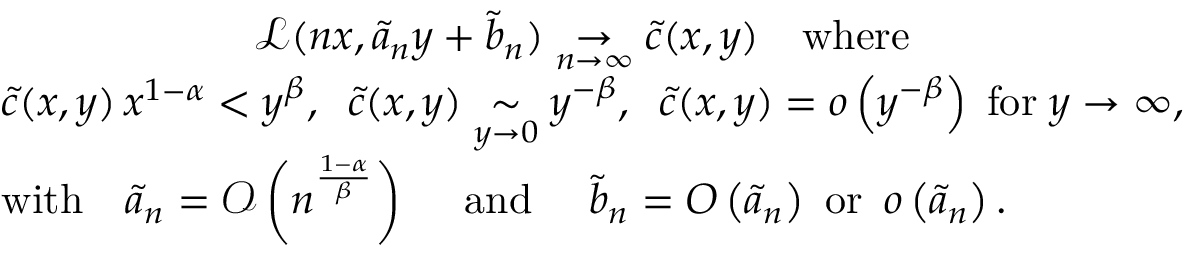
\begin{array} { r l } & { \qquad \qquad \qquad \mathcal { L } ( n x , \tilde { a } _ { n } y + \tilde { b } _ { n } ) \underset { n \to \infty } { \to } \tilde { c } ( x , y ) \quad \mathrm { w h e r e } } \\ & { \tilde { c } ( x , y ) \, x ^ { 1 - \alpha } < y ^ { \beta } , \; \; \tilde { c } ( x , y ) \underset { y \to 0 } { \sim } y ^ { - \beta } , \; \; \tilde { c } ( x , y ) = o \left( y ^ { - \beta } \right) \; \mathrm { f o r } \; y \to \infty , } \\ & { \mathrm { w i t h } \quad \tilde { a } _ { n } = \mathcal { O } \left( n ^ { \frac { 1 - \alpha } { \beta } } \right) \quad \mathrm { ~ a n d ~ } \quad \tilde { b } _ { n } = { O } \left( \tilde { a } _ { n } \right) \mathrm { ~ o r ~ } \, o \left( \tilde { a } _ { n } \right) . } \end{array}